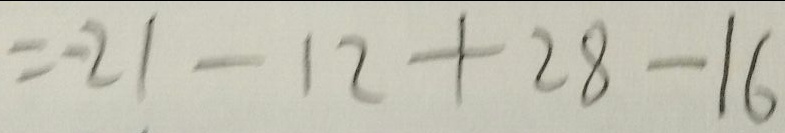
= - 2 1 - 1 2 + 2 8 - 1 6